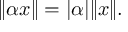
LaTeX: \| \alpha x \| = | \alpha | \| x \| .